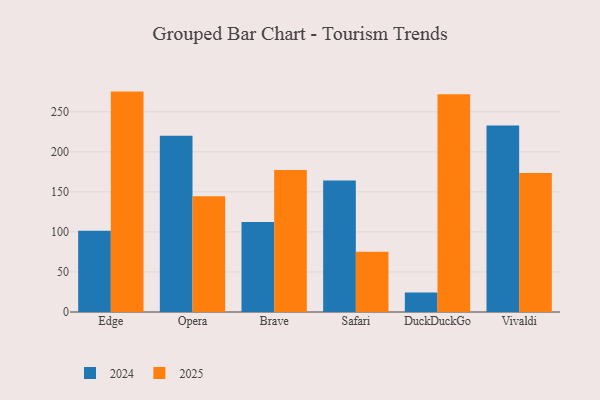
{"axis": {"x": "Browser", "y": "Market Share (%)"}, "legend": ["2024", "2025"], "data": [{"x": "Edge", "y": 275.2, "type": "2025"}, {"x": "Edge", "y": 101.5, "type": "2024"}, {"x": "Opera", "y": 144.5, "type": "2025"}, {"x": "Opera", "y": 220.0, "type": "2024"}, {"x": "Brave", "y": 177.3, "type": "2025"}, {"x": "Brave", "y": 112.4, "type": "2024"}, {"x": "Safari", "y": 75.1, "type": "2025"}, {"x": "Safari", "y": 164.2, "type": "2024"}, {"x": "DuckDuckGo", "y": 271.9, "type": "2025"}, {"x": "DuckDuckGo", "y": 24.2, "type": "2024"}, {"x": "Vivaldi", "y": 173.6, "type": "2025"}, {"x": "Vivaldi", "y": 232.8, "type": "2024"}]}